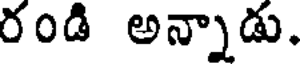
రండి అన్నాడు.